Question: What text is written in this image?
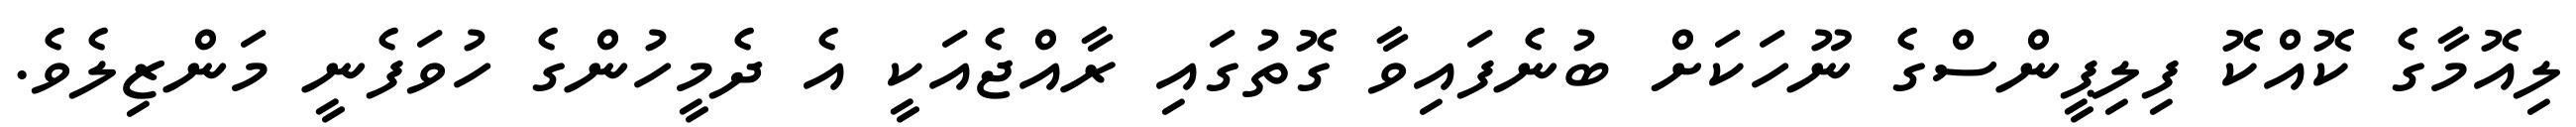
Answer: ލިއޮމާގެ ކޮއްކޮ ފިލިޕީންސްގެ ނޫހަކަށް ބުނެފައިވާ ގޮތުގައި ރާއްޖެއަކީ އެ ދެމީހުންގެ ހުވަފެނީ މަންޒިލެވެ.